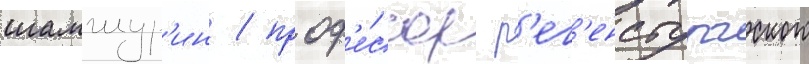
шамшур'ин / проф'е́ссор р'ег'енсбургского